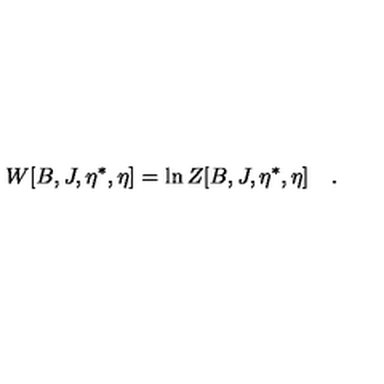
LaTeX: W [ B , J , \eta ^ { \ast } , \eta ] = \ln Z [ B , J , \eta ^ { \ast } , \eta ] \quad .